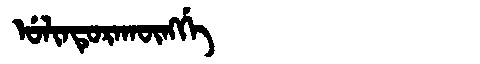
Manchu: ᡠᠯᡳᠨᡨᡠᡵᠠᡴᡡᠩᡤᡝ
Romanization: ULINTURAKŪNGGE